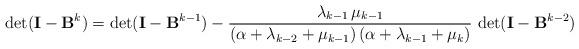
LaTeX: \begin{align*}\det (\mathbf{I} - \mathbf{B}^{k}) & = \det (\mathbf{I} - \mathbf{B}^{k-1})- \frac{\lambda_{k-1} \, \mu_{k-1}}{ (\alpha +\lambda_{k-2} + \mu_{k-1}) \, (\alpha + \lambda_{k-1} + \mu_k)} \, \det(\mathbf{I} - \mathbf{B}^{k-2}) \end{align*}